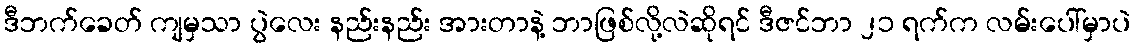
ဒီဘက်ခေတ် ကျမှသာ ပွဲလေး နည်းနည်း အားတာနဲ့ ဘာဖြစ်လို့လဲဆိုရင် ဒီဇင်ဘာ ၂၁ ရက်က လမ်းပေါ်မှာပဲ